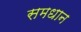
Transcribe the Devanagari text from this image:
समधान